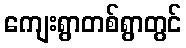
ကျေးရွာတစ်ရွာတွင်